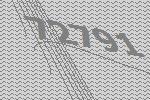
72791